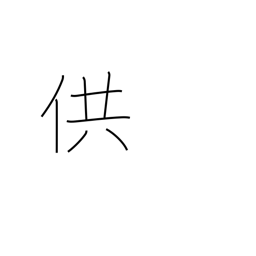
Meaning: offer